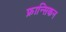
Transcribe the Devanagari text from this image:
फ्रान्सिकन